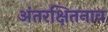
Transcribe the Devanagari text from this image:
अंतरक्षितनाव